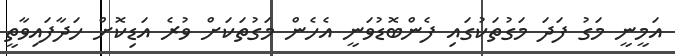
އަމީނީ މަގު ފަދަ މަގުތަކުގައި ފެންބޮޑުވަނީ އެހެން މަގުތަކަށް ވުރެ އަޑިކޮށް ހަދާފައިވާތީ